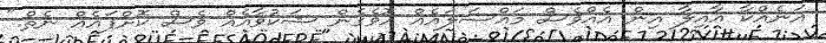
އަނެއްކާ އާއިލާ އިން އެއްވެސް މައްސަލައެއް އޮވެގެން ޝަކުވާއެއް ވެސް ކޮށްފައެއް ނެތް."